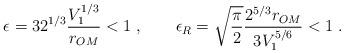
LaTeX: \begin{align*}\epsilon = 3 2^{1/3} \frac{V_1^{1/3}}{r_{OM}} < 1 \; , \qquad \epsilon_R = \sqrt{\frac{\pi}{2}}\frac{2^{5/3}r_{OM}}{3V_1^{5/6}} < 1 \; .\end{align*}